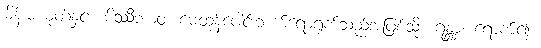
မိန်းမယုတ်နှင့်။ မိဿီဘာဝံ၊ မေထုန်ပေါင်းဘက်ရောရှက်သည်အဖြစ်သို့။ ဂန္တွာ၊ ရောက်၍။